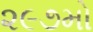
૨૯૭મો